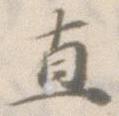
直